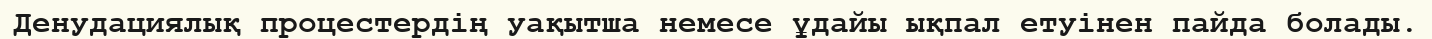
Денудациялық процестердің уақытша немесе ұдайы ықпал етуінен пайда болады.